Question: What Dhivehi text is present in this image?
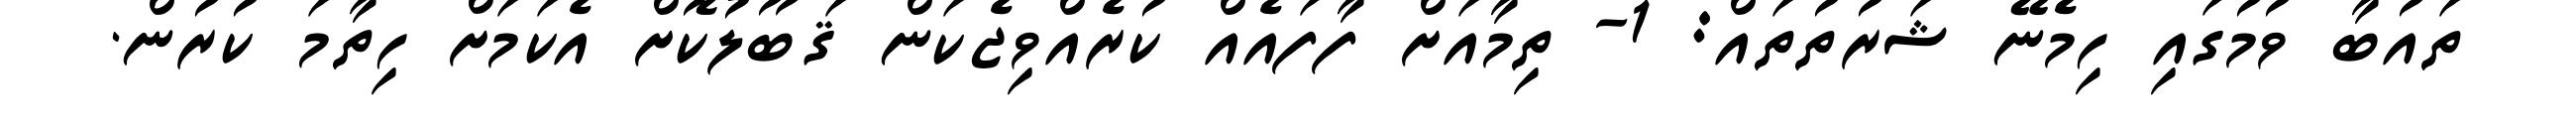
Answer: ތައުބާ ވުމުގައި ހިމެނޭ ޝަރުތުތައް: 1- ތިމާއަށް ފާފައެއް ކުރެއްވިޖެކަން ޤަބޫލުކޮށް އެކަމަށް ހިތާމަ ކުރުން.